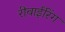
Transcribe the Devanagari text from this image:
रीवाईरिंग